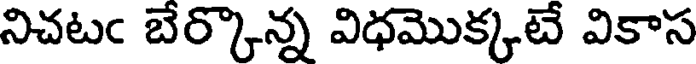
నిచటఁ బేర్కొన్న విధమొక్కటే వికాస